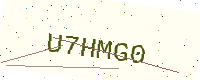
Text: U7HMG0